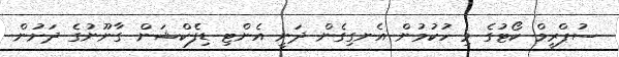
ސުޕްރީމް ކޯޓުގެ މި ހުކުމުން އެނގިގެން ދަނީ އެންޓި ޑިފެކްޝަން ގާނޫނުގެ ދަށުން